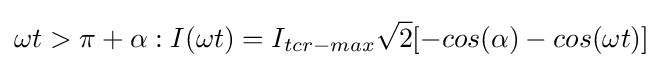
{\omega t>{\pi +\alpha }}:I(\omega t)=I_{tcr-max}{\sqrt {2}}[-cos(\alpha )-cos(\omega t)]